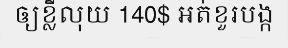
ឲ្យខ្លីលុយ 140$ អត់ខួរបង្ក